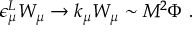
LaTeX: \epsilon _ { \mu } ^ { L } W _ { \mu } \to k _ { \mu } W _ { \mu } \sim M ^ { 2 } \Phi ~ .